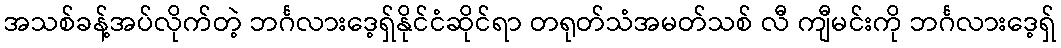
အသစ်ခန့်အပ်လိုက်တဲ့ ဘင်္ဂလားဒေ့ရှ်နိုင်ငံဆိုင်ရာ တရုတ်သံအမတ်သစ် လီ ကျီမင်းကို ဘင်္ဂလားဒေ့ရှ်